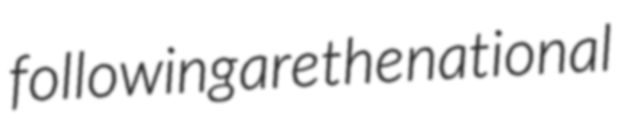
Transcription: following are the national